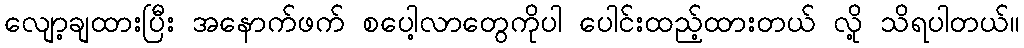
လျော့ချထားပြီး အနောက်ဖက် စပေါ့လာတွေကိုပါ ပေါင်းထည့်ထားတယ် လို့ သိရပါတယ်။